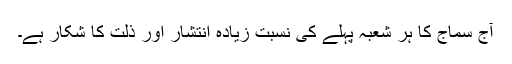
آج سماج کا ہر شعبہ پہلے کی نسبت زیادہ انتشار اور ذلت کا شکار ہے۔